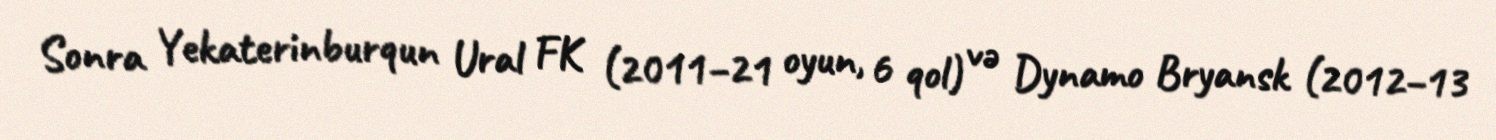
Sonra Yekaterinburqun Ural FK (2011–21 oyun, 6 qol) və Dynamo Bryansk (2012–13